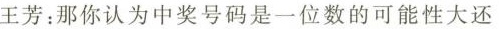
王芳：那你认为中奖号码是一位数的可能性大还